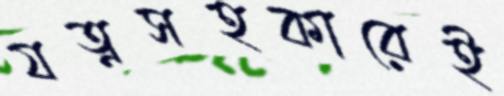
যত্নসহকারেই